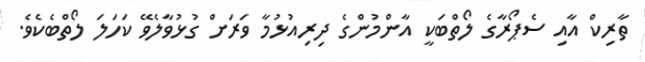
ތާރިކް އާއި ސެޕޯރާގެ ލޯތްބަކީ އާންމުންގެ ދިރިއުޅުމާ ވަރަށް ގުޅުވާލެވޭ ކަހަލަ ލޯތްބެކެވެ.